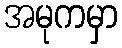
အမုကမှာ